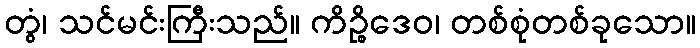
တွံ၊ သင်မင်းကြီးသည်။ ကိဉ္စိဒေဝ၊ တစ်စုံတစ်ခုသော။